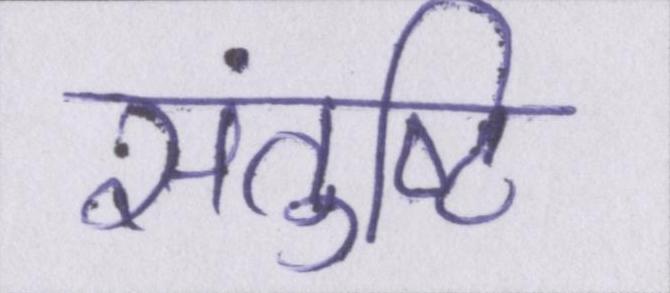
संतुष्टि